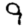
Digit: 9